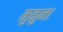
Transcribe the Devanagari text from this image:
मुकुना